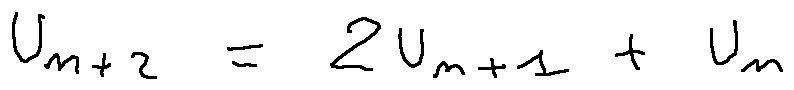
u _ { n + 2 } = 2 u _ { n + 1 } + u _ { n }